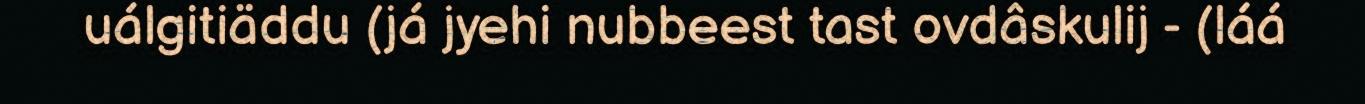
uálgitiäddu (já jyehi nubbeest tast ovdâskulij - (láá